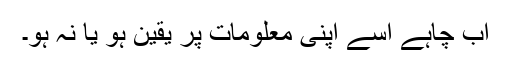
اب چاہے اسے اپنی معلومات پر یقین ہو یا نہ ہو۔